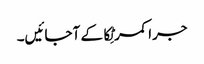
جرا کمر ٹِکا کے آجائیں۔